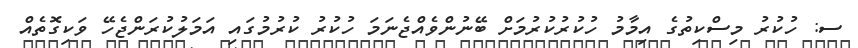
ސ: ހުކުރު މިސްކިތުގެ އިމާމު ހުކުރުކުރުމަށް ބޭނުންވެއްޖެނަމަ ހުކުރު ކުރުމުގައި އަމަލުކުރަންޖެހޭ ވަކިގޮތެއް